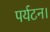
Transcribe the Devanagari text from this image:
पर्यटन।